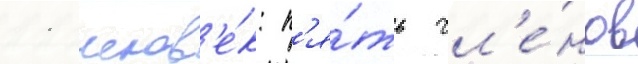
11 челов'е́к: п'я́ть чл'е́нов